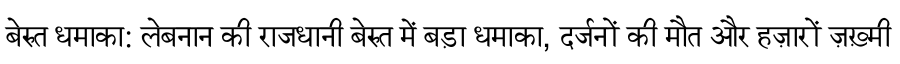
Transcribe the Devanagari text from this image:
बेरुत धमाका: लेबनान की राजधानी बेरुत में बड़ा धमाका, दर्जनों की मौत और हज़ारों ज़ख़्मी